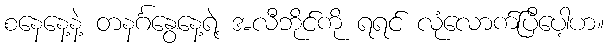
စနေနေ့နဲ့ တနင်္ဂနွေနေ့ရဲ့ အလီဘိုင်ကို ရရင် လုံလောက်ပြီပေါ့ဟ။